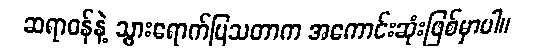
ဆရာဝန်နဲ့ သွားရောက်ပြသတာက အကောင်းဆုံးဖြစ်မှာပါ။